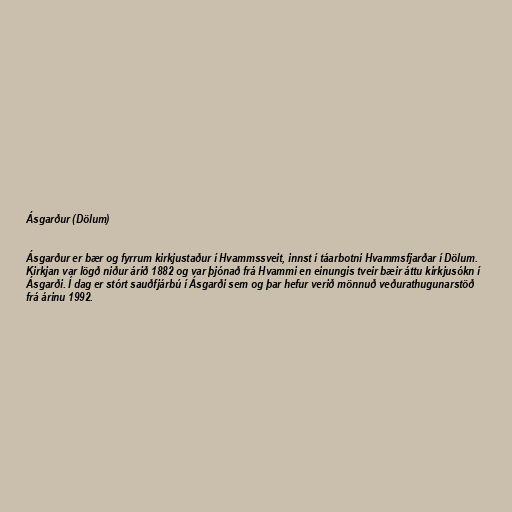
Ásgarður (Dölum)

Ásgarður er bær og fyrrum kirkjustaður í Hvammssveit, innst í táarbotni Hvammsfjarðar í Dölum.
Kirkjan var lögð niður árið 1882 og var þjónað frá Hvammi en einungis tveir bæir áttu kirkjusókn í
Ásgarði. Í dag er stórt sauðfjárbú í Ásgarði sem og þar hefur verið mönnuð veðurathugunarstöð
frá árinu 1992.